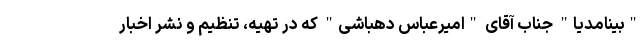
"بینامدیا" جناب آقای "امیرعباس دهباشی" که در تهیه، تنظیم و نشر اخبار